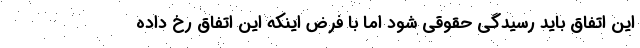
این اتفاق باید رسیدگی حقوقی شود اما با فرض اینکه این اتفاق رخ داده